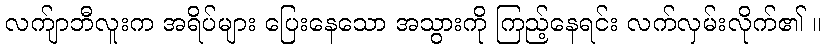
လက်ျာဘီလူးက အရိပ်များ ပြေးနေသော အသွားကို ကြည့်နေရင်း လက်လှမ်းလိုက်၏ ။